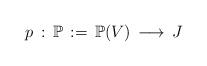
LaTeX: \begin{align*}p\, :\,{\mathbb P}\,:=\, {\mathbb P}(V)\,\longrightarrow\, J\end{align*}